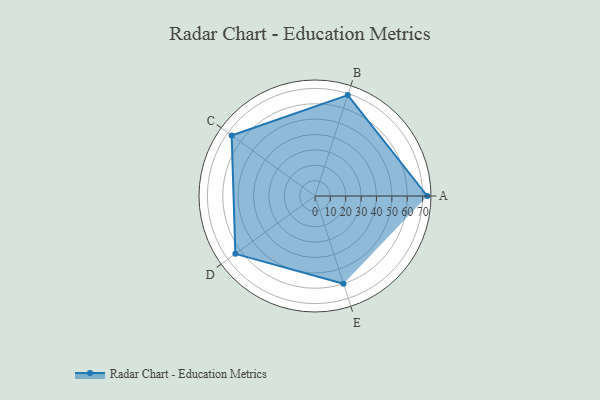
{"axis": {"x": "Skill", "y": "Score"}, "legend": ["Profile"], "data": [{"x": "A", "y": 73.0, "type": "Profile"}, {"x": "B", "y": 69.0, "type": "Profile"}, {"x": "C", "y": 67.0, "type": "Profile"}, {"x": "D", "y": 64.0, "type": "Profile"}, {"x": "E", "y": 60.0, "type": "Profile"}]}